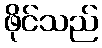
ဖိုင်သည်